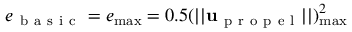
e _ { \mathrm { ~ b ~ a ~ s ~ i ~ c ~ } } = e _ { \operatorname* { m a x } } = 0 . 5 ( | | \mathbf { u } _ { \mathrm { ~ p ~ r ~ o ~ p ~ e ~ l ~ } } | | ) _ { \operatorname* { m a x } } ^ { 2 }